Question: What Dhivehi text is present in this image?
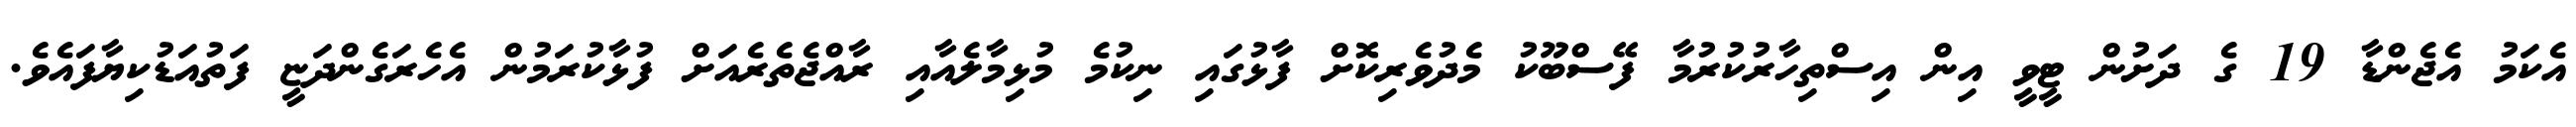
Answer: އެކަމު އެޖެންޑާ 19 ގެ ދަށުން ޓީވީ އިން އިސްތިހާރުކުރުމާ ފޭސްބޫކު މެދުވެރިކޮށް ފާޅުގައި ނިކުމެ މުޅިމާލެއާއި ރާއްޖެތެރެއަށް ފުޅާކުރަމުން އެހެރަގެންދަޏީ ފަތުއަޑުކިޔާފައެވެ.